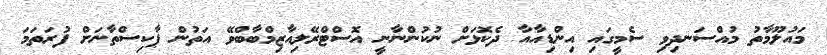
މައުލޫމާތު މުއްސަނދިވި ސެމީގައި އިންޑިއާއާ ދެކޮޅަށް ނުކުންނާނީ އޮސްޓްރޭލިއާޒިމްބާބްވޭ އަތުން ޕާކިސްތާނަށް ފުރަތަމަ